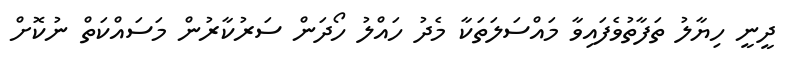
ދީނީ ހިޔާލު ތަފާތުވެފައިވާ މައްސަލަތަކާ މެދު ހައްލު ހޯދަން ސަރުކާރުން މަސައްކަތް ނުކޮށް